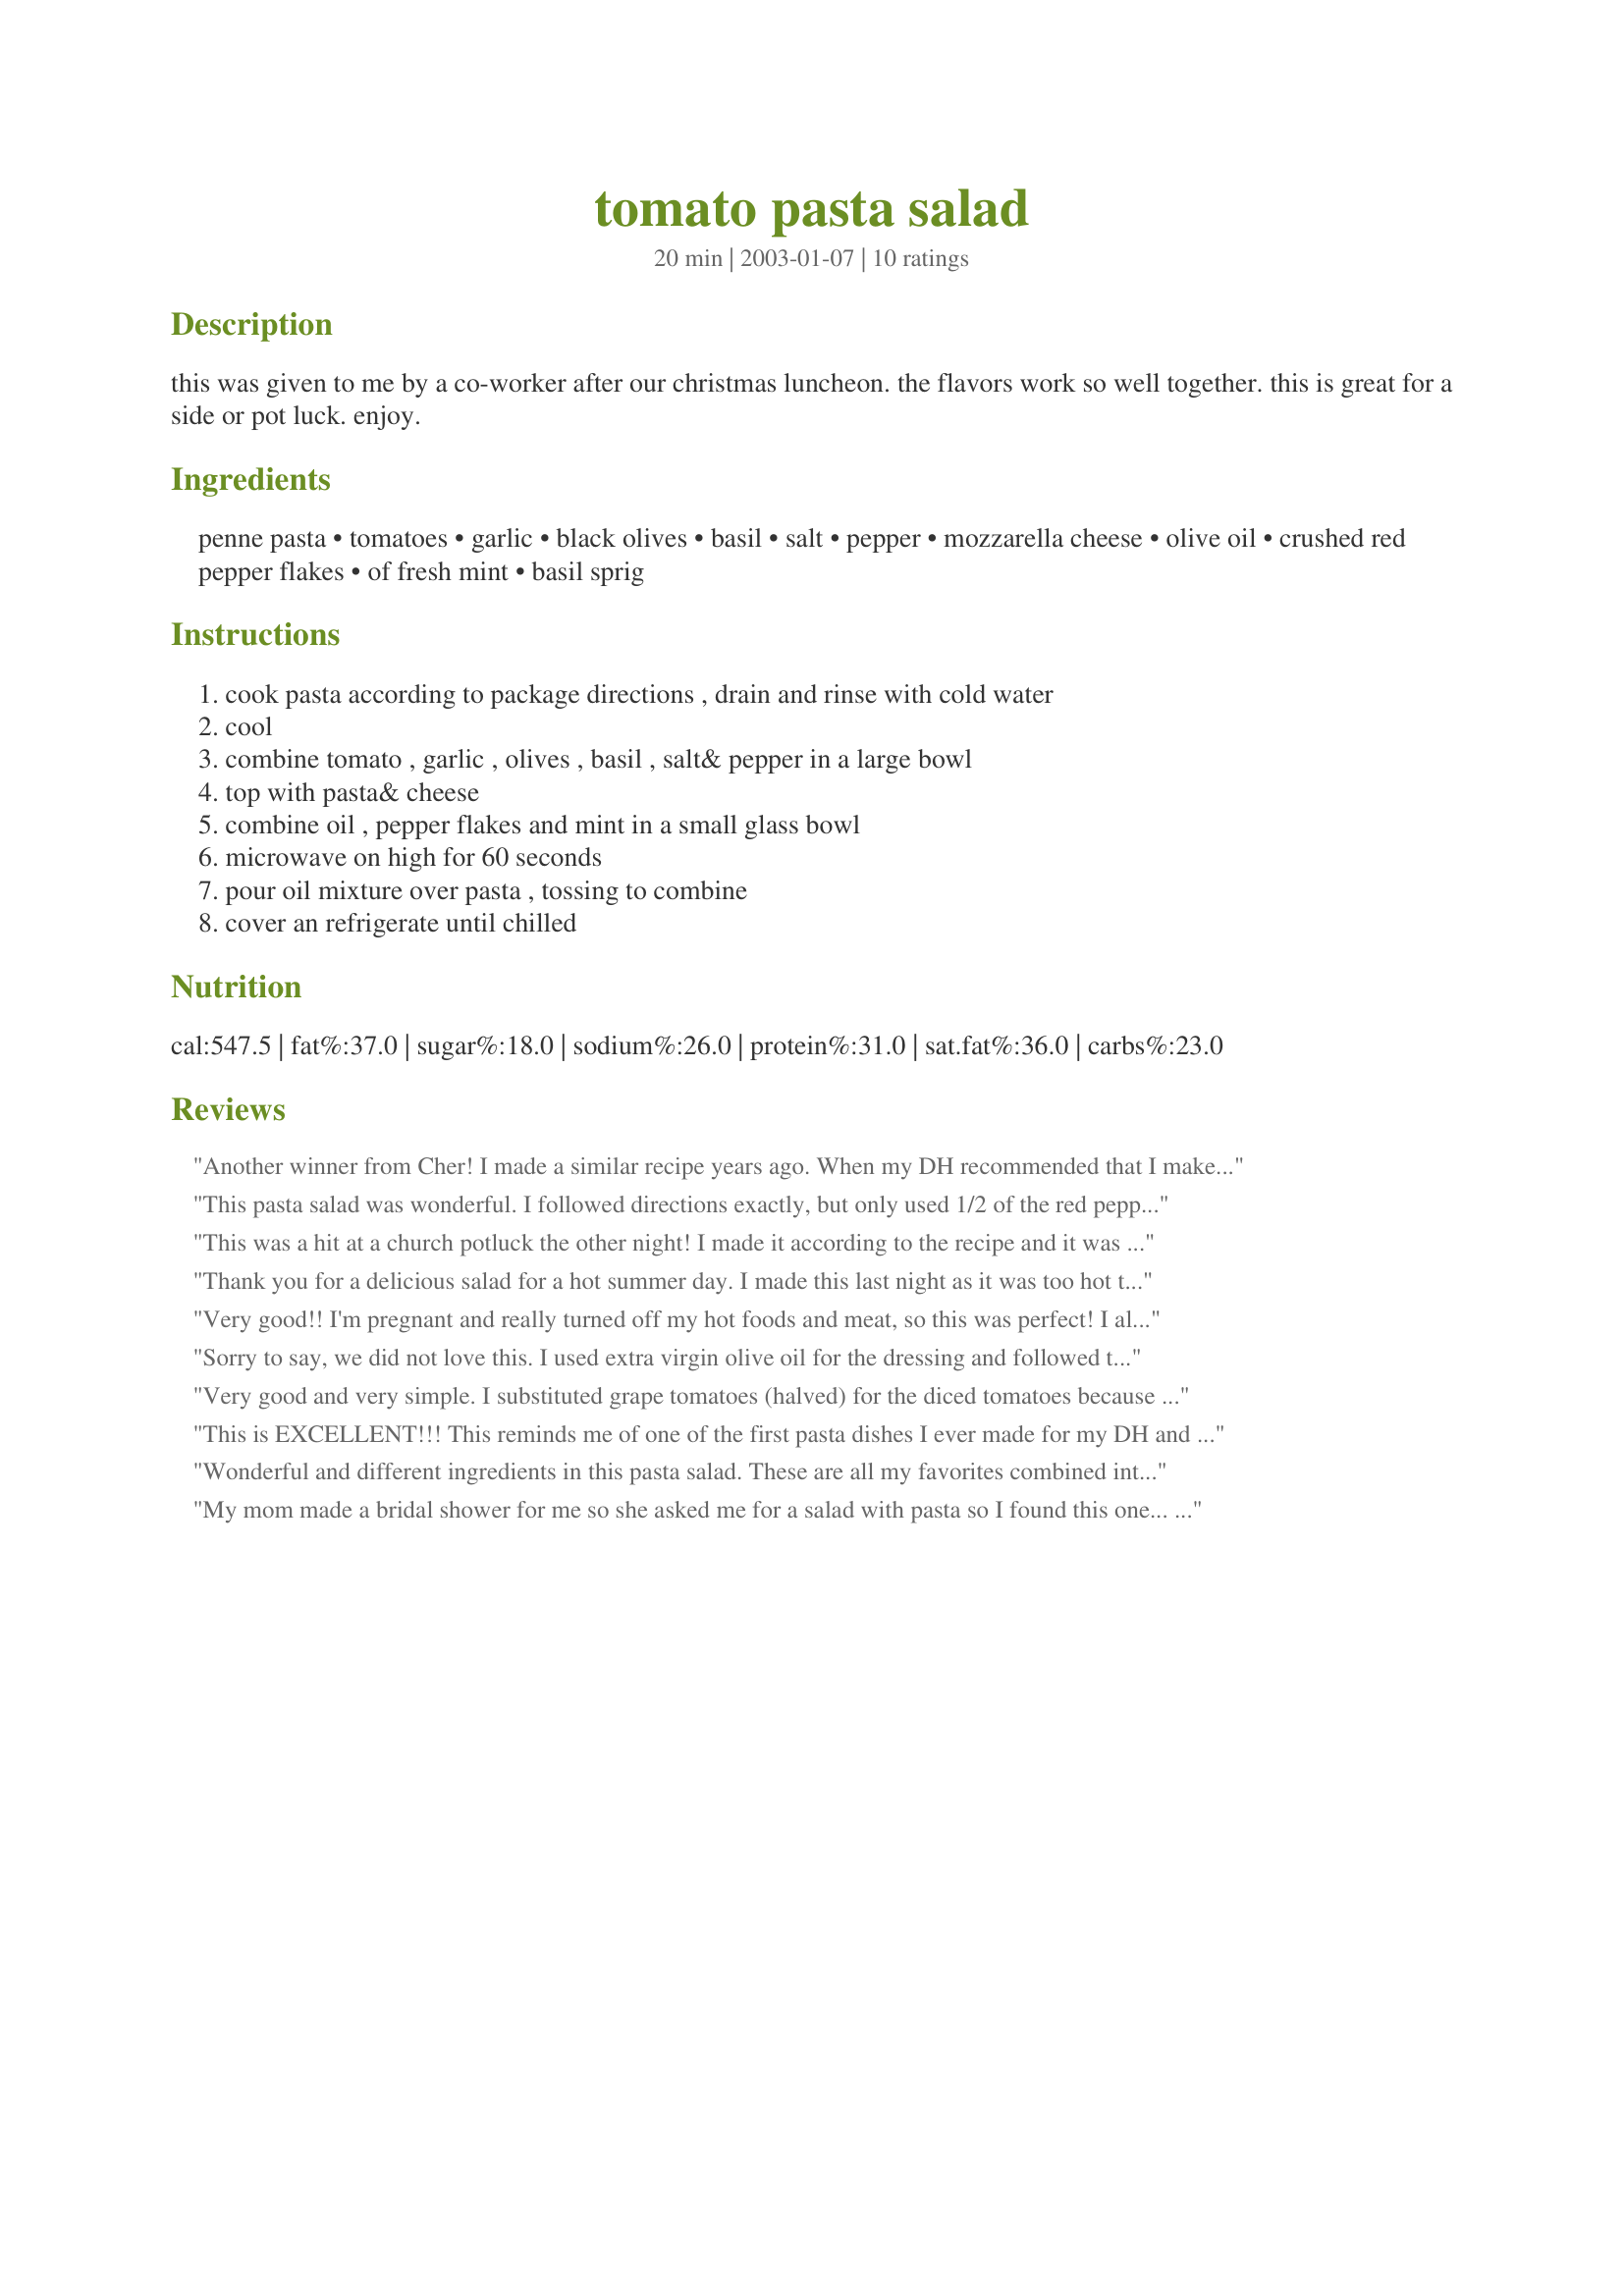
tomato pasta salad
Preparation time: 20 minutes

this was given to me by a co-worker after our christmas luncheon. the flavors work so well together. this is great for a side or pot luck. enjoy.

Ingredients:
penne pasta, tomatoes, garlic, black olives, basil, salt, pepper, mozzarella cheese, olive oil, crushed red pepper flakes, of fresh mint, basil sprig

Steps:
cook pasta according to package directions , drain and rinse with cold water, cool, combine tomato , garlic , olives , basil , salt& pepper in a large bowl, top with pasta& cheese, combine oil , pepper flakes and mint in a small glass bowl, microwave on high for 60 seconds, pour oil mixture over pasta , tossing to combine, cover an refrigerate until chilled

Reviews:
Another winner from Cher! I made a similar recipe years ago. When my DH recommended that I make it again, I couldn't find my recipe so I searched Zaar. I choose this recipe because I liked the idea of adding garlic (my fav), black olives, and mozzarella. Make sure you use juicy tomatoes because after a day or two the pasta soaks up the liquid and becomes somewhat dried out. A definate keeper, Cher! Thanks.
This pasta salad was wonderful. I followed directions exactly, but only used 1/2 of the red pepper flakes and it turned out perfectly. It had a great kick to it without being too hot. Thanks, I will make this anytime I need a pasta salad.
This was a hit at a church potluck the other night! I made it according to the recipe and it was very nice. It was too hot for me, but I am a wimp when it comes to spicy heat and I will cut the crushed red pepper flakes to 1/2 tablespoon the next time, but my husband loved it. It's even better the next day. Thanks, Carole in Orlando
Thank you for a delicious salad for a hot summer day. I made this last night as it was too hot to deal with cooking and this hit the spot for me! Although I did not have any mint this time, it was still very good and I will be making this again many times this summer I do believe! Thank you! ;o)
Very good!! I'm pregnant and really turned off my hot foods and meat, so this was perfect! I altered a few things based on what I had. I used green olives instead of black (wished I had black though), I used shredded mozzarella instead of cubed, and I didn't have any mint. It didn't matter because it's a great and easy recipe even with a few alterations!
Sorry to say, we did not love this. I used extra virgin olive oil for the dressing and followed the recipe exactly but for some reason the taste was just not great. I think it had a lot to do with the amount of pepper flakes--I didn't even add them all (I spooned the oil out of the bowl leaving many of the flakes at the bottom) and it was still too much. I ended up adding some ranch dressing to it so we could even eat it.
Very good and very simple. I substituted grape tomatoes (halved) for the diced tomatoes because I think that they look prettier. The flavors were great and I anticipate that I will repeat this recipe often!
This is EXCELLENT!!! This reminds me of one of the first pasta dishes I ever made for my DH and I. Used raw garlic, cubed mozzarella, olive oil and basil. This, to me, could be a WONDERFUL meal in itself! I had super juicy tomatoes and added the juice to the mixture and cut the EVOO to about 1/4 cup. I only had shredded mozzarella, and didn't have any mint. WONDERFUL! I made this for super bowl but the game hasn't started and my DH and I can't keep our hands out of the bowl. This is probably my favorite pasta salad ever and will be a main pasta dish for me with a for more additives. LOVE IT!!!!
Wonderful and different ingredients in this pasta salad. These are all my favorites combined into one salad. Will definitely keep this recipe handy. This is the third recipe in the Pick Your Chef #2 contest. Thanks so much for posting!
My mom made a bridal shower for me so she asked me for a salad with pasta so I found this one... everyone made compliments on this salad and asked for the recipe. It tastes great, the only thing is I couldn't find the red pepper flakes, it still tastes great without it. WONDERFULL SALAD!
